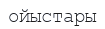
ойыстары